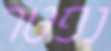
נפטר